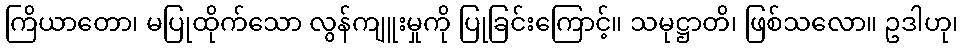
ကြိယာတော၊ မပြုထိုက်သော လွန်ကျူးမှုကို ပြုခြင်းကြောင့်။ သမုဋ္ဌာတိ၊ ဖြစ်သလော။ ဥဒါဟု၊